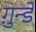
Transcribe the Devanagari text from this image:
ग़ुन्डे